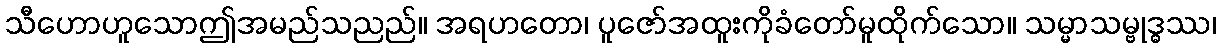
သီဟောဟူသောဤအမည်သညည်။ အရဟတော၊ ပူဇော်အထူးကိုခံတော်မူထိုက်သော။ သမ္မာသမ္ဗုဒ္ဓဿ၊